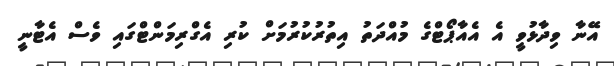
އޭނާ ވިދާޅުވީ އެ އެއާޕޯޓްގެ މުއްދަތު އިތުރުކުރުމަށް ކުރި އެގްރިމަންޓްގައި ވެސް އެޓާނީ